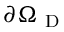
\partial \Omega _ { \mathrm { ~ D ~ } }